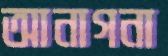
আনাগনা